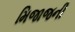
મિજાજની